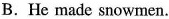
B.Hemade snowmen.